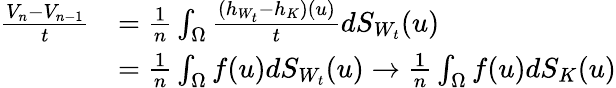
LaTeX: \begin{array}{rl}{\frac{V_{n}-V_{n-1}}{t}}&{=\frac{1}{n}\int_{\Omega}\frac{(h_{W_{t}}-h_{K})(u)}{t}dS_{W_{t}}(u)}\\ &{=\frac{1}{n}\int_{\Omega}f(u)dS_{W_{t}}(u)\to\frac{1}{n}\int_{\Omega}f(u)dS_{K}(u)}\end{array}